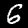
Digit: 6